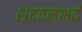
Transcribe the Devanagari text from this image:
शदवनभवं